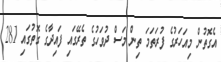
އެގޮތުން މިއަހަރުގެ ފުރަތަމަ ތިން މަސް ދުވަހުގެ ތެރޭގައި ފައިދާގެ ގޮތުގައި 281